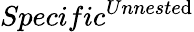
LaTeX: Specific^{Unneste\mathrm{d}}